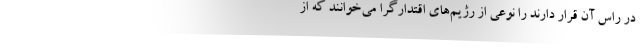
در راس آن قرار دارند را نوعی از رژیم‌های اقتدارگرا می‌خوانند که از